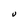
Character: U